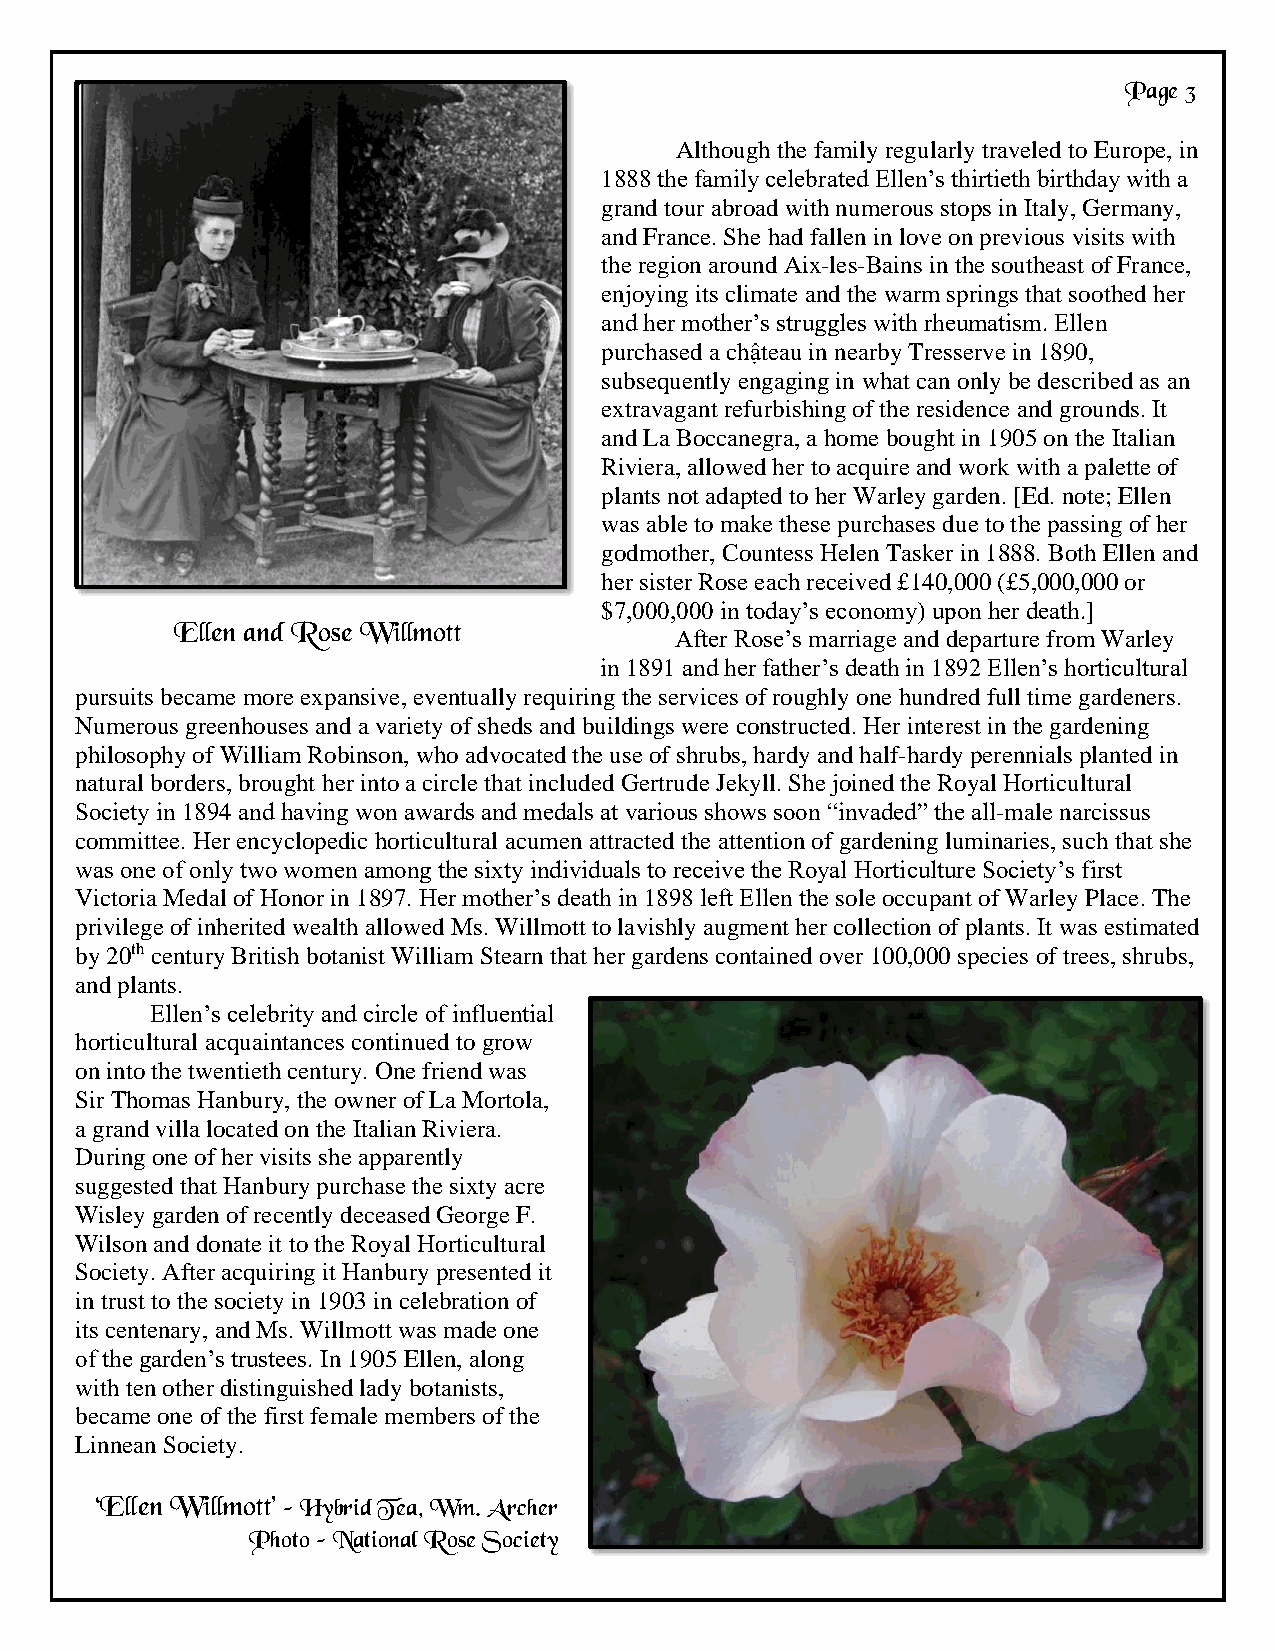
Page 3
 Although the family regularly traveled to Europe, in
 1888 the family celebrated Ellen’s thirtieth birthday with a
 grand tour abroad with numerous stops in Italy, Germany,
 and France. She had fallen in love on previous visits with
 the region around Aix-les-Bains in the southeast of France,
 enjoying its climate and the warm springs that soothed her
 and her mother’s struggles with rheumatism. Ellen
 purchased a chậteau in nearby Tresserve in 1890,
 subsequently engaging in what can only be described as an
 extravagant refurbishing of the residence and grounds. It
 and La Boccanegra, a home bought in 1905 on the Italian
 Riviera, allowed her to acquire and work with a palette of
 plants not adapted to her Warley garden. [Ed. note; Ellen
 was able to make these purchases due to the passing of her
 godmother, Countess Helen Tasker in 1888. Both Ellen and
 her sister Rose each received £140,000 (£5,000,000 or
 $7,000,000 in today’s economy) upon her death.]
 E l l e n a n d R o s e W i l l m o t t After Rose’s marriage and departure from Warley
 in 1891 and her father’s death in 1892 Ellen’s horticultural
 pursuits became more expansive, eventually requiring the services of roughly one hundred full time gardeners.
 Numerous greenhouses and a variety of sheds and buildings were constructed. Her interest in the gardening
 philosophy of William Robinson, who advocated the use of shrubs, hardy and half-hardy perennials planted in
 natural borders, brought her into a circle that included Gertrude Jekyll. She joined the Royal Horticultural
 Society in 1894 and having won awards and medals at various shows soon “invaded” the all-male narcissus
 committee. Her encyclopedic horticultural acumen attracted the attention of gardening luminaries, such that she
 was one of only two women among the sixty individuals to receive the Royal Horticulture Society’s first
 Victoria Medal of Honor in 1897. Her mother’s death in 1898 left Ellen the sole occupant of Warley Place. The
 privilege of inherited wealth allowed Ms. Willmott to lavishly augment her collection of plants. It was estimated
 by 20th century British botanist William Stearn that her gardens contained over 100,000 species of trees, shrubs,
 and plants.
 Ellen’s celebrity and circle of influential
 horticultural acquaintances continued to grow
 on into the twentieth century. One friend was
 Sir Thomas Hanbury, the owner of La Mortola,
 a grand villa located on the Italian Riviera.
 During one of her visits she apparently
 suggested that Hanbury purchase the sixty acre
 Wisley garden of recently deceased George F.
 Wilson and donate it to the Royal Horticultural
 Society. After acquiring it Hanbury presented it
 in trust to the society in 1903 in celebration of
 its centenary, and Ms. Willmott was made one
 of the garden’s trustees. In 1905 Ellen, along
 with ten other distinguished lady botanists,
 became one of the first female members of the
 Linnean Society.
 ‘Ellen Willmott’ – Hybrid Tea, Wm. Archer
 Photo – National Rose Society